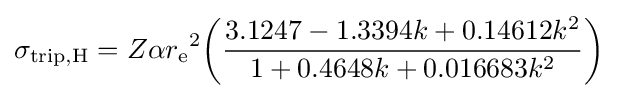
\sigma _{{\text{trip}},{\text{H}}}=Z\alpha {r_{\text{e}}}^{2}{\biggl (}{\frac {3.1247-1.3394k+0.14612k^{2}}{1+0.4648k+0.016683k^{2}}}{\biggr )}